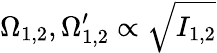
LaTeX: \Omega_{1,2},\Omega_{1,2}^{\prime}\propto\sqrt{I_{1,2}}